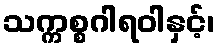
သက္ကစ္စဂါရဝါနှင့်၊